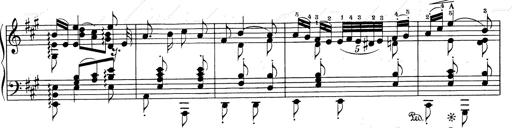
Title: RÃ©miniscences de Don Juan
Composer: Franz Liszt